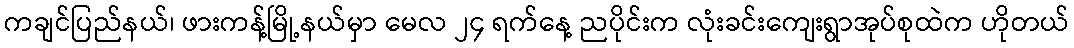
ကချင်ပြည်နယ်၊ ဖားကန့်မြို့နယ်မှာ မေလ ၂၄ ရက်နေ့ ညပိုင်းက လုံးခင်းကျေးရွာအုပ်စုထဲက ဟိုတယ်